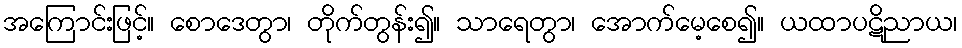
အကြောင်းဖြင့်။ စောဒေတွာ၊ တိုက်တွန်း၍။ သာရေတွာ၊ အောက်မေ့စေ၍။ ယထာပဋိညာယ၊